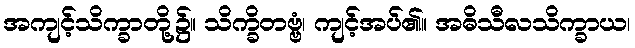
အကျင့်သိက္ခာတို့၌။ သိက္ခိတဗ္ဗံ၊ ကျင့်အပ်၏။ အဓိသီလသိက္ခာယ၊